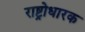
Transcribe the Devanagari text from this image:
राष्ट्रोधारक